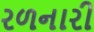
રળનારી